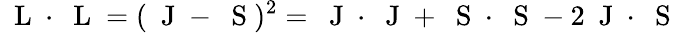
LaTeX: \mathrm{~\mathbf~L~}\cdot\mathrm{~\mathbf~L~}=(\mathrm{~\mathbf~J~}-\mathrm{~\mathbf~S~})^{2}=\mathrm{~\mathbf~J~}\cdot\mathrm{~\mathbf~J~}+\mathrm{~\mathbf~S~}\cdot\mathrm{~\mathbf~S~}-2\mathrm{~\mathbf~J~}\cdot\mathrm{~\mathbf~S~}